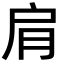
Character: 肩